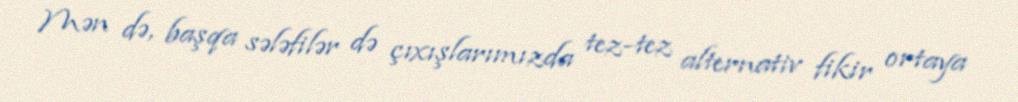
Mən də, başqa sələfilər də çıxışlarımızda tez-tez alternativ fikir ortaya